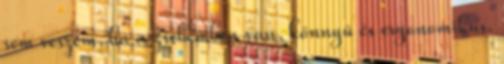
sem veszem, ha a zsebemben van, könnyű és ergonomikus.